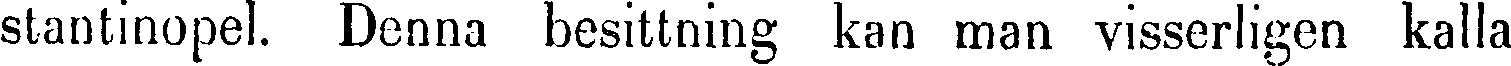
stantinopel. Denna besittning kan man visserligen kalla